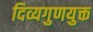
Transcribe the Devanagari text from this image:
दिव्यगुणयुक्त